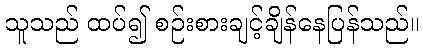
သူသည် ထပ်၍ စဉ်းစားချင့်ချိန်နေပြန်သည်။